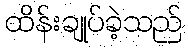
ထိန်းချုပ်ခဲ့သည်